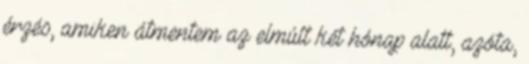
érzés, amiken átmentem az elmúlt két hónap alatt, azóta,